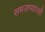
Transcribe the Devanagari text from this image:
समजण्यासही